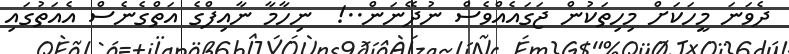
ދެވަނަ މީހަކަށް މިހިތަކުން ޖަގައެއްވެސް ނުދޭނަން..!  ނިހާމާ ނާއިފްގެ އަތްގެނެސް އެއަތުގައި